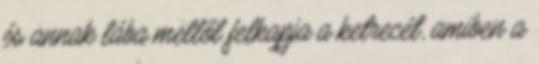
és annak lába mellől felkapja a ketrecét, amiben a